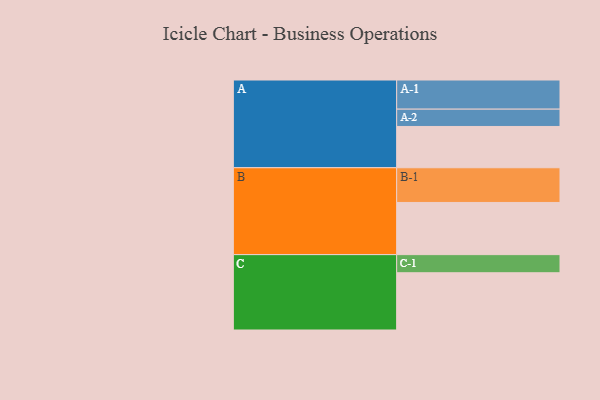
{"axis": {"x": "Segment", "y": "Value"}, "legend": ["", "A", "B", "C"], "data": [{"x": "A", "y": 333, "type": ""}, {"x": "B", "y": 421, "type": ""}, {"x": "C", "y": 462, "type": ""}, {"x": "A-1", "y": 235, "type": "A"}, {"x": "A-2", "y": 140, "type": "A"}, {"x": "B-1", "y": 280, "type": "B"}, {"x": "C-1", "y": 146, "type": "C"}]}